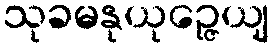
သုခမနုယုဉ္ဇေယျ